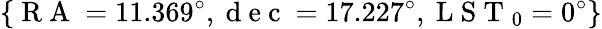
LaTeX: \{ \mathrm{~R~A~}=11.369^{\circ},\mathrm{~d~e~c~}=17.227^{\circ},\mathrm{~L~S~T~}_{0}=0^{\circ}\}